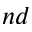
n d